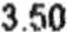
3.50